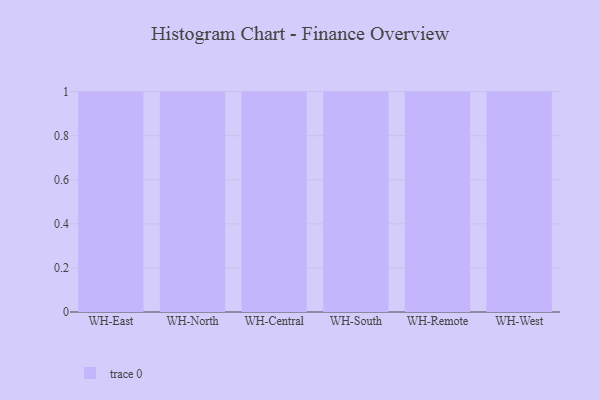
{"axis": {"x": "Warehouse", "y": "Active Users"}, "legend": [""], "data": [{"x": "WH-East", "y": 13, "type": ""}, {"x": "WH-North", "y": 100, "type": ""}, {"x": "WH-Central", "y": 87, "type": ""}, {"x": "WH-South", "y": 36, "type": ""}, {"x": "WH-Remote", "y": 64, "type": ""}, {"x": "WH-West", "y": 95, "type": ""}]}